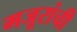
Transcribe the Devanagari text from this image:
मजूरांची